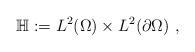
LaTeX: \begin{align*}\mathbb H:=L^2(\Omega)\times L^2(\partial\Omega)\ ,\end{align*}